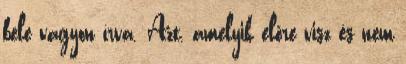
bele vagyon írva. Azt, amelyik előre visz és nem